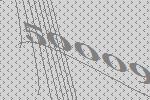
50009